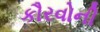
કૌરવોની